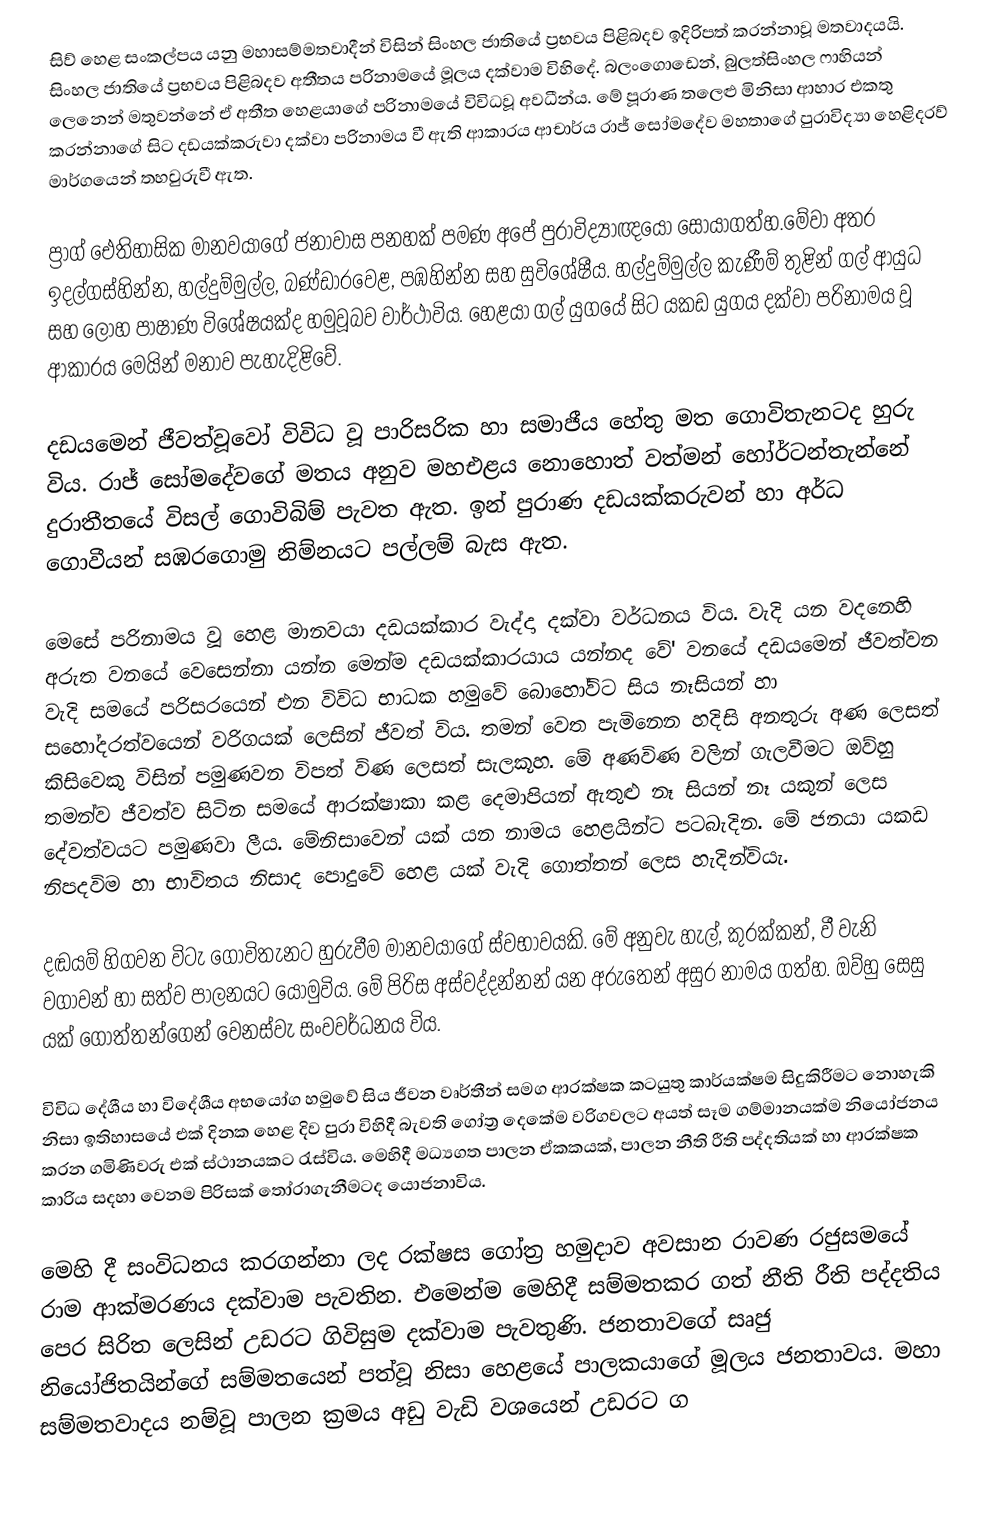
සිව් හෙළ සංකල්පය යනු මහාසම්මතවාදීන් විසින් සිංහල ජාතියේ ප්‍රභවය පිළිබදව ඉදිරිපත් කරන්නාවූ මතවාදයයි. සිංහල ජාතියේ ප්‍රභවය පිළිබදව අතීතය පරිනාමයේ මූලය දක්වාම විහිදේ. බලංගොඩෙන්, බුලත්සිංහල ෆාහියන් ලෙනෙන් මතුවන්නේ ඒ අතීත හෙළයාගේ පරිනාමයේ විවිධවූ අවධීන්ය. මේ පූරාණ තලෙළු මිනිසා ආහාර එකතු කරන්නාගේ සිට දඩයක්කරුවා දක්වා පරිනාමය වී ඇති ආකාරය ආචාර්ය රාජ් සෝමදේව මහතාගේ පුරාවිද්‍යා හෙළිදරව් මාර්ගයෙන් තහවුරුවී ඇත.

ප්‍රාග් ඓතිහාසික මානවයාගේ ජනාවාස පනහක් පමණ අපේ පුරාවිද්‍යාඥයෝ සොයාගත්හ.මේවා අතර ඉදල්ගස්හින්න, හල්දුම්මුල්ල, බණ්ඩාරවෙළ, පඹහින්න සහ සුවිශේෂීය. හල්දුම්මුල්ල කැණීම් තුළින් ගල් ආයුධ සහ ලෝහ පාෂාණ විශේෂයක්ද හමුවූබව වාර්ථාවිය. හෙළයා ගල් යුගයේ සිට යකඩ යුගය දක්වා පරිනාමය වූ ආකාරය මෙයින් මනාව පැහැදිළිවේ.

දඩයමෙන් ජීවත්වූවෝ විවිධ වූ පාරිසරික හා සමාජීය හේතු මත ගොවිතැනටද හුරු විය. රාජ් සෝමදේවගේ මතය අනුව මහඑළය නොහොත් වත්මන් හෝර්ටන්තැන්නේ දුරාතීතයේ විසල් ගොවිබිම් පැවත ඇත. ඉන් පුරාණ දඩයක්කරුවන්  හා අර්ධ ගොවීයන් සඹරගොමු නිම්නයට පල්ලම් බැස ඇත.

මෙසේ පරිනාමය වූ හෙළ මානවයා දඩයක්කාර වැද්දා දක්වා වර්ධනය විය. වැදි යන වදනෙහි අරුත වනයේ වෙසෙන්නා යන්න මෙන්ම දඩයක්කාරයාය යන්නද වේ' වනයේ දඩයමෙන් ජීවත්වන වැදි සමයේ පරිසරයෙන් එන විවිධ භාධක හමුවේ බොහෝවිට සිය නෑසියන් හා සහෝදරත්වයෙන් වරිගයක් ලෙසින් ජීවත් විය. තමන් වෙත පැමිනෙන හදිසි අනතුරු අණ ලෙසත් කිසිවෙකු විසින් පමුණවන විපත් විණ ලෙසත් සැලකූහ. මේ අණවිණ වලින් ගැලවීමට ඔව්හු තමන්ව ජීවත්ව සිටින සමයේ ආරක්ෂාකා කළ දෙමාපියන් ඇතුළු නෑ සියන් නෑ යකුන් ලෙස දේවත්වයට පමුණවා ලීය. මේනිසාවෙන් යක් යන නාමය හෙළයින්ට පටබැදින. මේ ජනයා යකඩ නිපදවිම හා භාවිතය නිසාද පොදුවේ  හෙළ යක් වැදි ගොත්තන් ලෙස හැදින්වියැ.

දඬයම් හිගවන විටැ ගොවිතැනට හුරුවීම මානවයාගේ ස්වභාවයකි. මේ අනුවැ හැල්, කුරක්කන්, වී වැනි වගාවන් හා සත්ව පාලනයට යොමුවිය. මේ පිරිස අස්වද්දන්නන්  යන අරුතෙන් අසුර නාමය ගත්හ. ඔව්හු සෙසු යක් ගොත්තන්ගෙන් වෙනස්වැ සංවවර්ධනය විය.

විවිධ දේශීය හා විදේශීය අභයෝග හමුවේ සිය ජීවන වෘර්තීන් සමග ආරක්ෂක කටයුතු කාර්යක්ෂම සිදුකිරීමට නොහැකි නිසා ඉතිහාසයේ එක් දිනක හෙළ දිව පුරා විහිදී බැවති ගෝත්‍ර දෙකේම වරිගවලට අයත් සෑම ගම්මානයක්ම නියෝජනය කරන ගමිණිවරු එක් ස්ථානයකට රැස්විය. මෙහිදී මධ්‍යගත පාලන ඒකකයක්, පාලන නීති රීති පද්දතියක් හා ආරක්ෂක කාරිය සදහා වෙනම පිරිසක් තෝරාගැනීමටද යොජනාවිය.

මෙහි දී සංවිධනය කරගන්නා ලද රක්ෂස ගෝත්‍ර හමුදාව අවසාන රාවණ රජුසමයේ රාම ආක්ම‍රණය දක්වාම පැවතින. එමෙන්ම මෙහිදී සම්මතකර ගත් නීති රීති පද්දතිය පෙර  සිරිත ලෙසින් උඩරට ගිවිසුම දක්වාම පැවතුණි. ජනතාවගේ සෘජු නියෝජිතයින්ගේ සම්මතයෙන් පත්වූ නිසා හෙළයේ පාලකයාගේ මූලය ජනතාවය. මහා සම්මතවාදය නම්වූ පාලන ක්‍රමය අඩු වැඩි වශයෙන් උඩරට ග